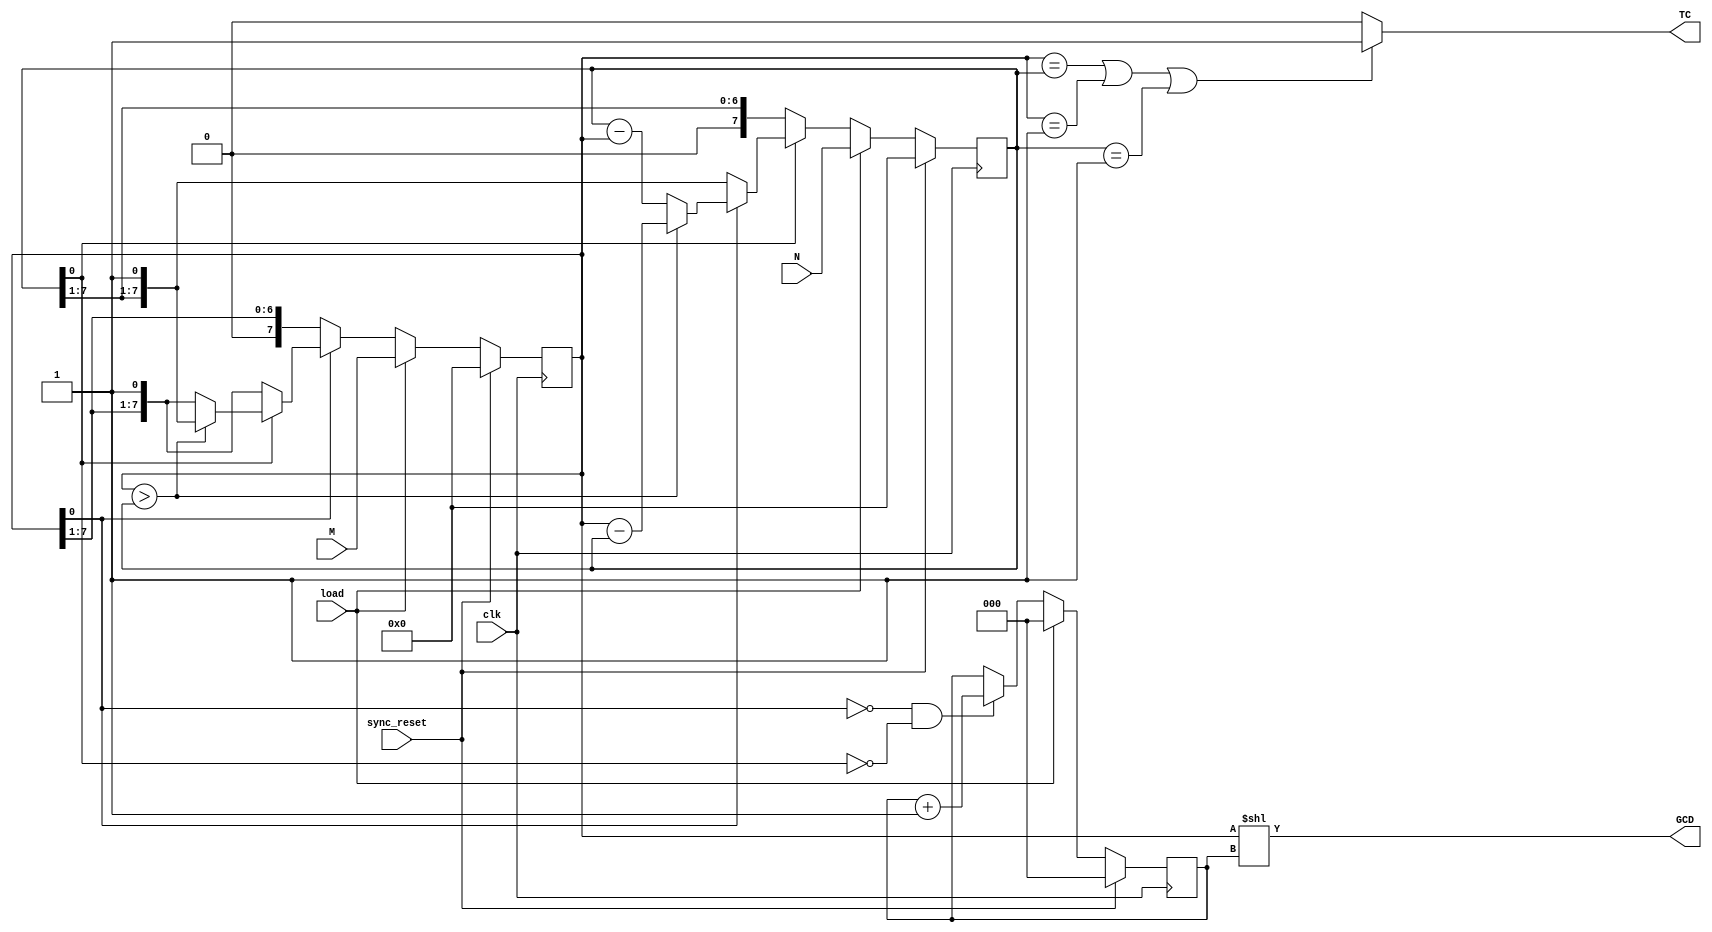
`timescale 1ns / 1ps
//////////////////////////////////////////////////////////////////////////////////
// Company: 
// 
// Design Name: 
// Module Name:    GCD_8bit 
// Project Name: 
// Target Devices: 
// Tool versions: 
// Description: 
//
// Dependencies: 
//
// Revision: 
// Revision 0.01 - File Created
// Additional Comments: 
//
//////////////////////////////////////////////////////////////////////////////////
module GCD_8bit(
    input [7:0] M,
    input [7:0] N,
    input clk,
    input load,
    input sync_reset,
	 //output reg [7:0] M_, N_, R,
    output [7:0] GCD,
    output reg TC
    );

	 //comb
	 reg [7:0] M_next, N_next,  min_MN, mod_M_sub_N;
	 wire cnt;
	 //seq
	 reg [7:0] M_, N_;
	 reg [2:0] R;   //counter for power of 2 in GCD
	 
	 and N1(cnt, ~M_[0], ~N_[0]); //count up R if both even
	 assign GCD = M_ << R;
	 

	 //should i keep min_MN and mod in same always? combinational read write race?
	 //can i make min_MN and mod calcualtions use the same comparator?
	 //make sure we are using only single subtractor
	 
	 always @(*)
	 begin
	 		if(M_ > N_)
			begin
				min_MN = N_;
				mod_M_sub_N = M_ - N_;
			end
			else
			begin
				min_MN = M_;
				mod_M_sub_N = N_ - M_;
			end
			
			if ((M_ == N_) || (M_ == 1) || (N_ == 1))
				TC = 1;
			else
				TC = 0;
	 end
	 
	 //combinatorial code
	 //always @(M_[0] or N_[0])
	 always @(*)
	 begin
		if(M_[0] == 0)
			M_next = M_ >> 1;
		else
		begin
			if(N_[0] == 0)
				M_next = M_;
			else
				M_next = min_MN;
		end
		
		if(N_[0] == 0)
			N_next = N_ >> 1;
		else
		begin
			if(M_[0] == 0)
				N_next = N_;
			else
				N_next = mod_M_sub_N;
		end
	 end
	 
	 //sequential code
	 always @(posedge clk)
	 begin
		if(sync_reset)
		begin
			M_ <= 0;
			N_ <= 0;
			R  <= 0;
		end
		else 
		begin
			if(load)
			begin
				M_ <= M;
				N_ <= N;
				R  <= 0;
			end
			else
			begin
				M_ <= M_next;
				N_ <= N_next;
				if(cnt)
					R <= R+1;
				else
					R <= R;
			end
		end
	 end
	 
	 

endmodule